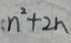
n ^ { 2 } + 2 n